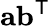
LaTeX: \mathbf{a}\mathbf{b}^{\mathsf{T}}